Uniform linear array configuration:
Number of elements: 12
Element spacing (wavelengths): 0.25
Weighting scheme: hann
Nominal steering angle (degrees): -45
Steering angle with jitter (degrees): -43.396
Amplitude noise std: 0.05
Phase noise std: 0.05

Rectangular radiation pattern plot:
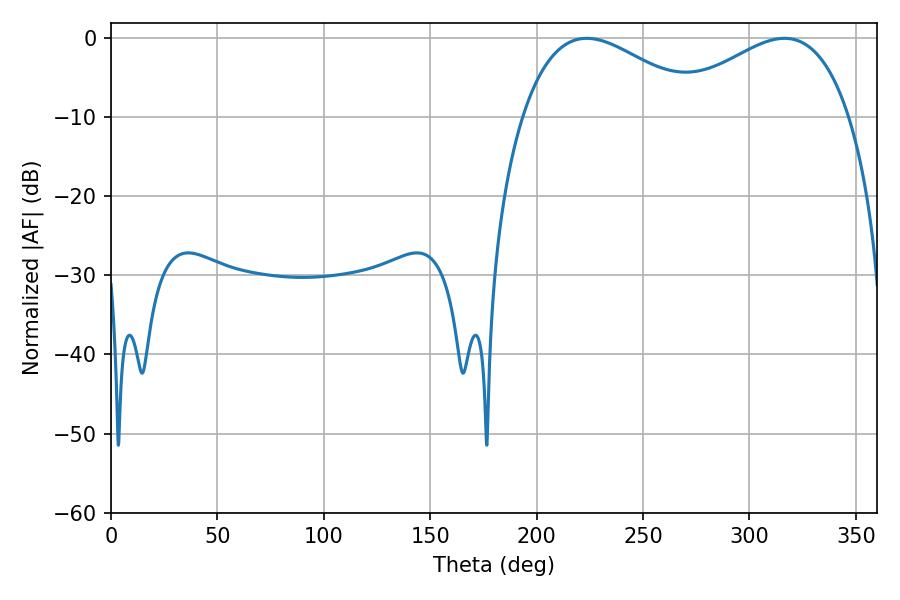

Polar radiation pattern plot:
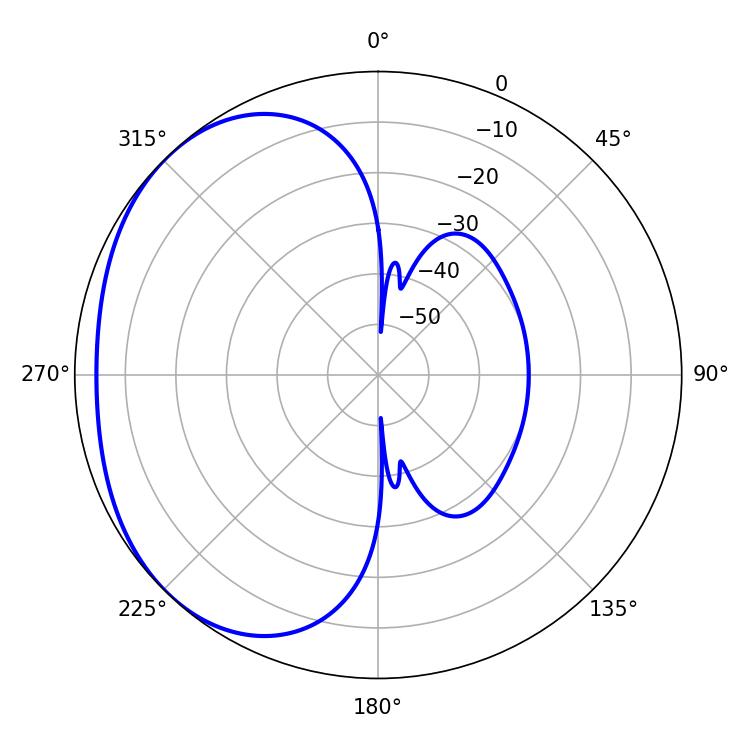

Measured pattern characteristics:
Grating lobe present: FALSE
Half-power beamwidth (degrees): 46.62
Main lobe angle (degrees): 223.56